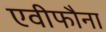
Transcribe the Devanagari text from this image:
एवीफौना